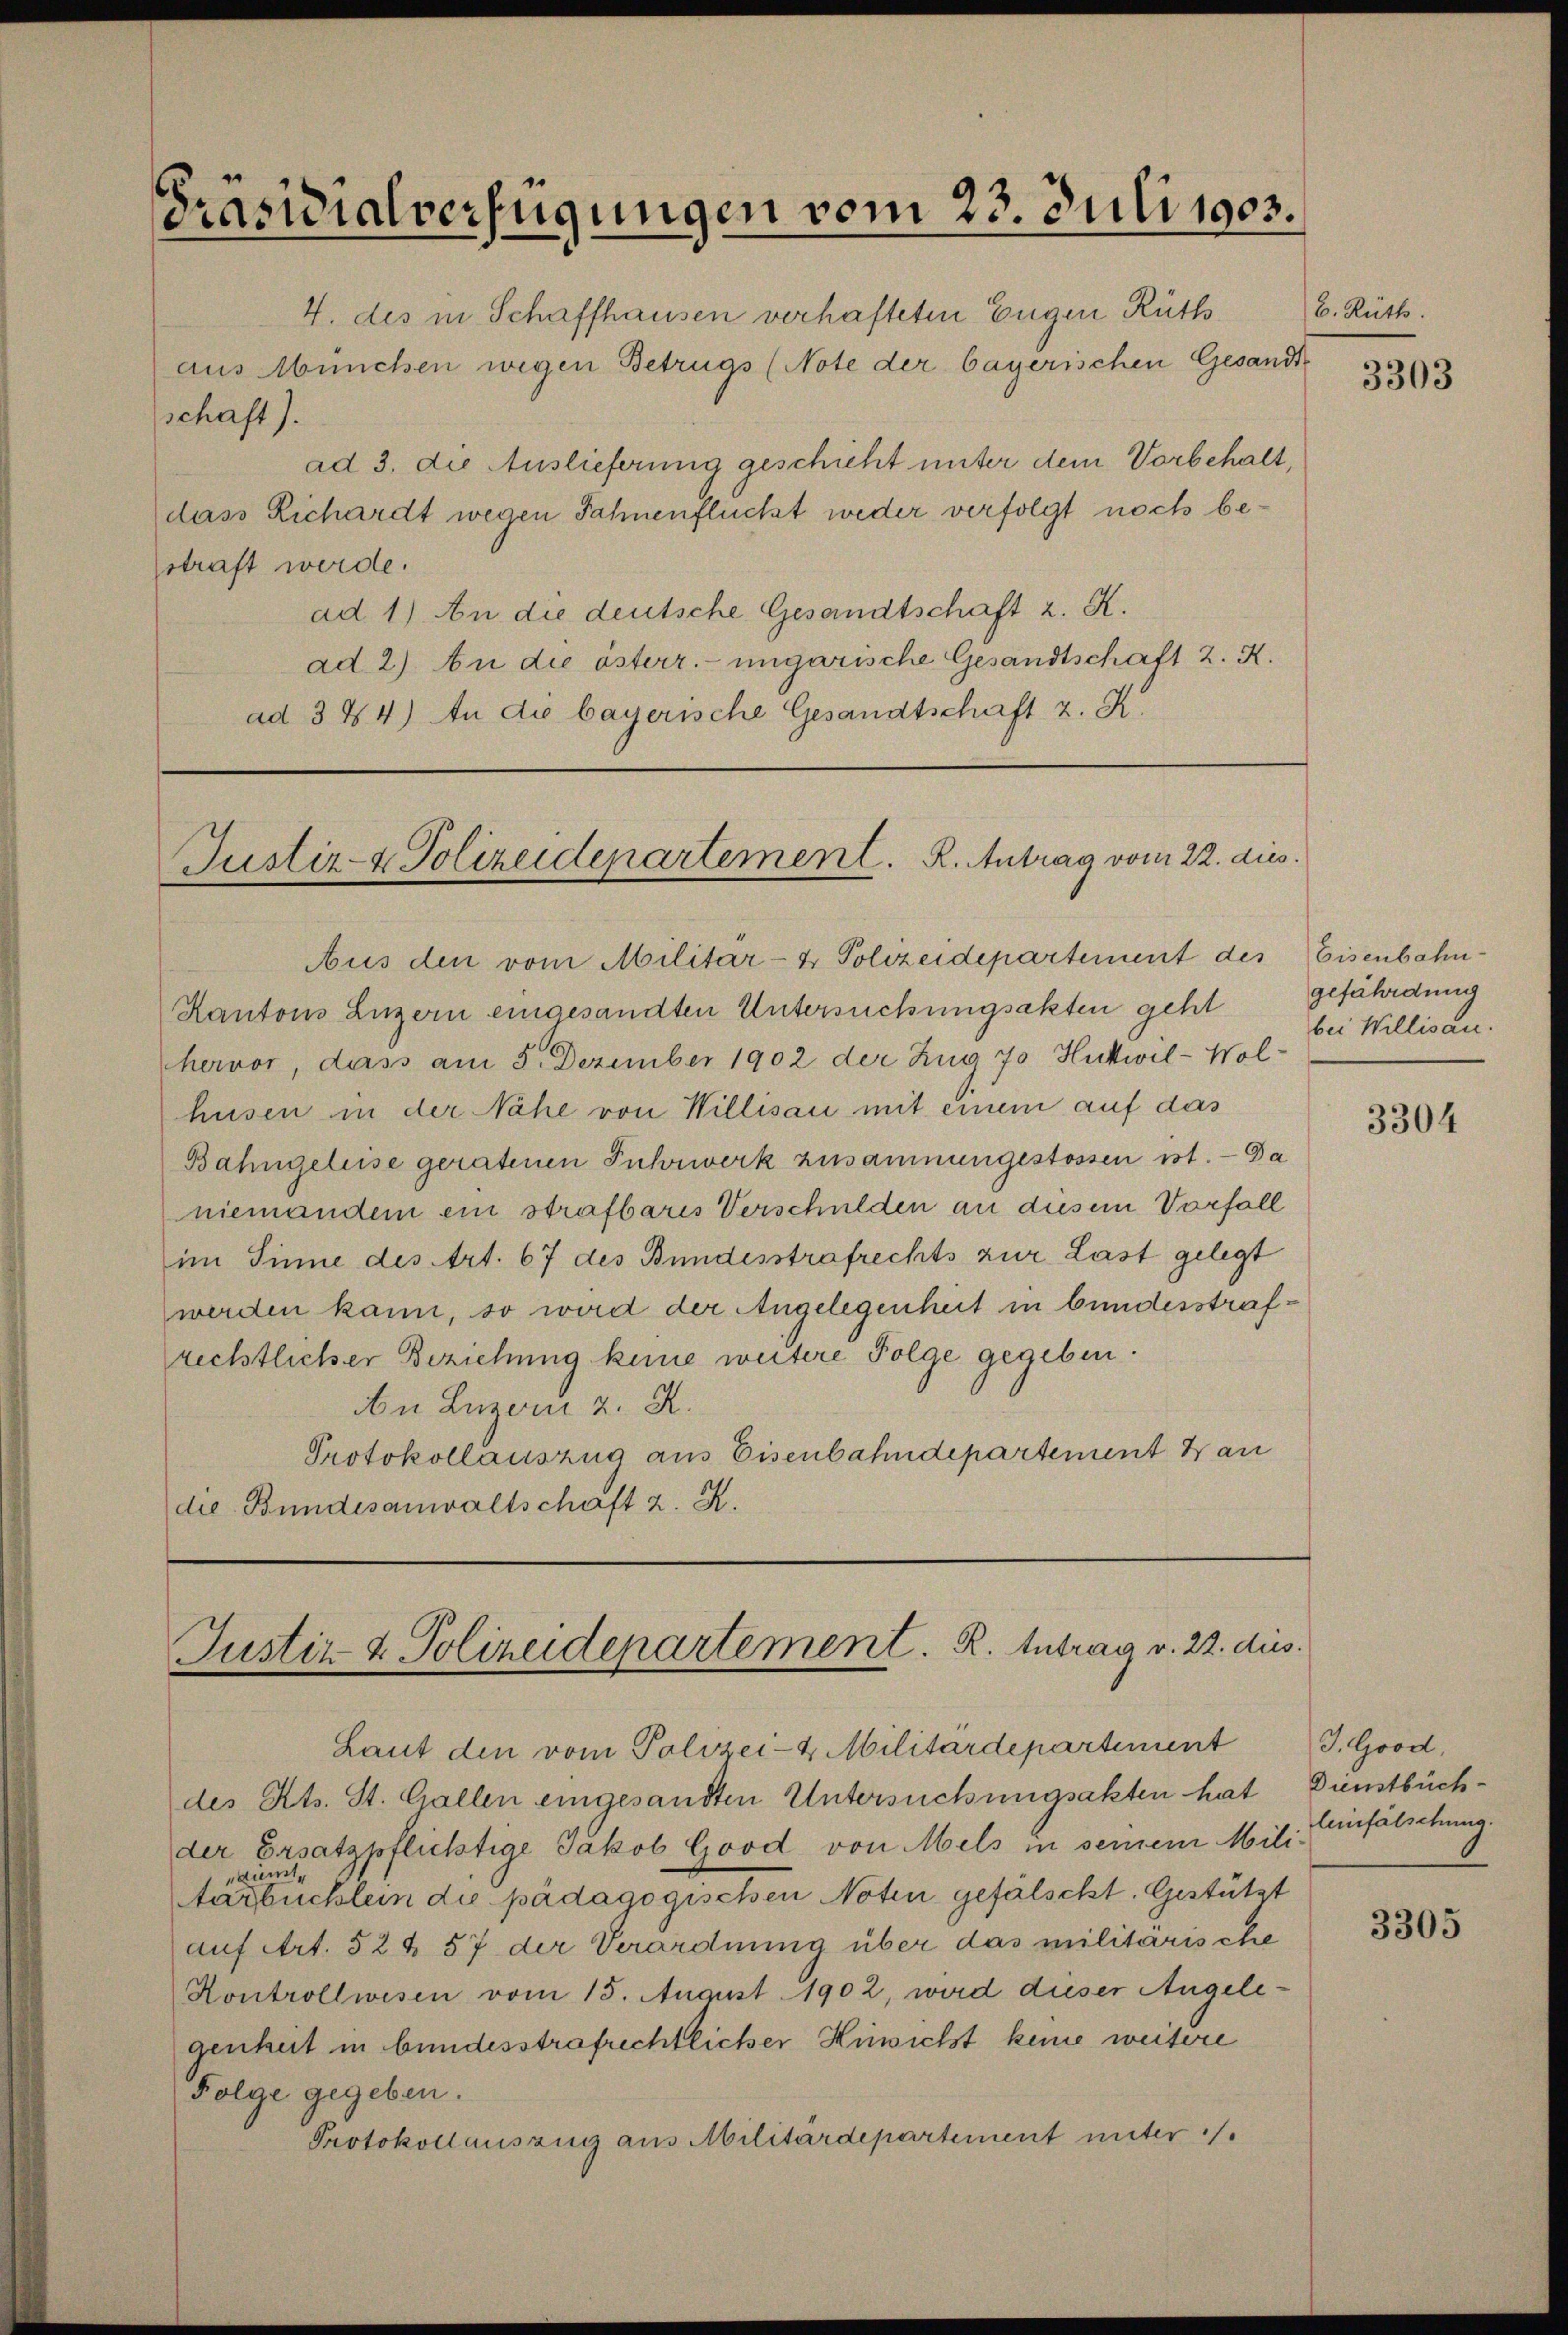
Präsidialverfügungen vom 23. Juli 1903.

4. des in Schaffhausen verhafteten Eugen Rüth
aus München wegen Betrugs (Note der bayerischen Gesandtschaft).
ad 3. die Auslieferung geschicht unter dem Vorbehalt,
dass Richardt wegen Jahnenflückt weder verfolgt noch bestraft werde.
ad 1) An die deutsche Gesandtschaft z. K.
ad 2). An die österr. ungarische Gesandtschaft 2. K.
ad 3 & 4) An die bayerische Gesandtschaft z. K.

Justiz- & Polizeidepartement. R. Antrag vom 22. dies

Justiz- & Polizeidepartement. R. Intrag v. 22. dies

b. Rüth.

Aus den vom Militär- & Polizeidepartement des Eisenbahn-
Kantons Luzern eingesandten Untersuchungsakten geht
hervor, dass am 5. Dezember 1902 der Zug 70 Hutwil-Wol-
husen in der Nähe von Willisau mit einem auf das
Bahngeleise geratenen Fuhrwerk zusammengestossen ist. — Da
niemandem ein strafbaris Verschulden an diesem Vorfall
im Sinne des Art. 67 des Bundesstrafrechts zur Last gelegt
werden kann, so wird der Angelegenheit in bundesstrafrechtlicher Beziehung keine weitere Folge gegeben.
An Luzern z. R.
Protokollauszug aus Eisenbahndepartement au
die Bundesanwaltschaft z. K.

Laut den vom Polizei-4 Militärdepartiment
des Kts. St. Gallen eingesandten Untersuchungsakten hat
der Ersatzpflichtige Jakob Good von Mels in seinem Milieitna
tarbucklein die pädagogischen Noten gefälscht. Gestützt
auf Art. 52 § 57 der Verordnung über das militärische
Hontrollwesen vom 15. August 1902, wird dieser Angelegenheit in bundesstrafrechtlicher Kiewicht keine weitere
Folge gegeben.
Protokollauszug aus Militärdepartement unter /.

3303

gefährdung
bei Willisau.

3304

J. Grod.
Dienstbüch
leinfälschung.

3305